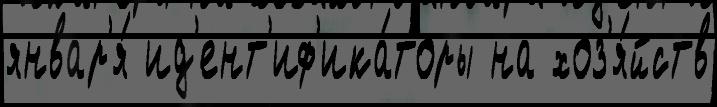
январ'я́ ид'ент'иф'ика́торы на хоз'я́йств